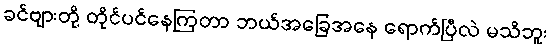
ခင်ဗျားတို့ တိုင်ပင်နေကြတာ ဘယ်အခြေအနေ ရောက်ပြီလဲ မသိဘူး